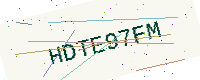
Text: HDTE97FM